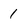
Character: 1